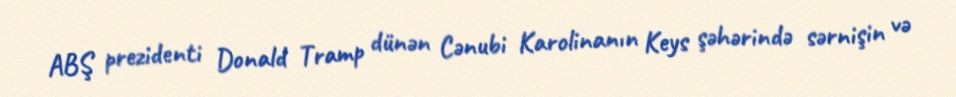
ABŞ prezidenti Donald Tramp dünən Cənubi Karolinanın Keys şəhərində sərnişin və